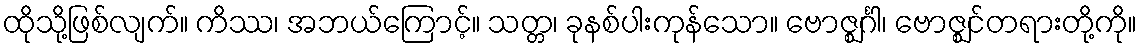
ထိုသို့ဖြစ်လျက်။ ကိဿ၊ အဘယ်ကြောင့်။ သတ္တ၊ ခုနစ်ပါးကုန်သော။ ဗောဇ္ဈင်္ဂါ၊ ဗောဇ္ဈင်တရားတို့ကို။